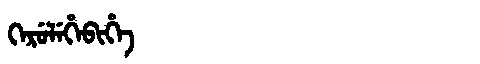
Manchu: ᡴᡝᡵᡠᠯᡝᡥᡝᠪᡳᡥᡝ
Romanization: KERULEHEBIHE